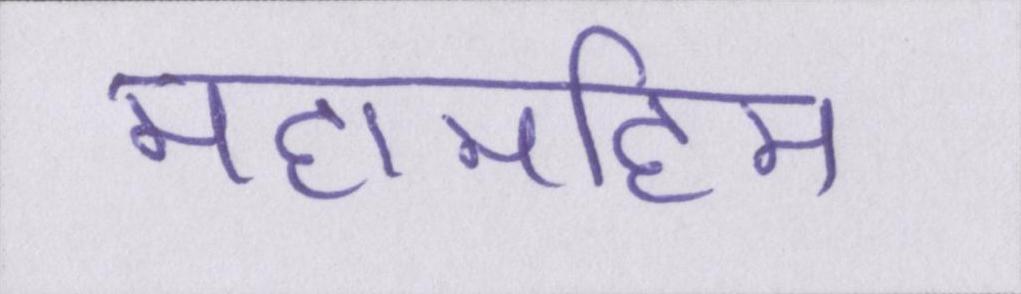
महामहिम